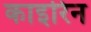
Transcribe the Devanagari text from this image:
काइरिन